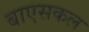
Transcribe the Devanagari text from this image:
बाएसकल